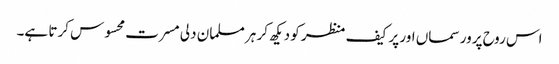
اس روح پرور سماں اور پر کیف منظر کو دیکھ کر ہر مسلمان دلی مسرت محسوس کرتا ہے۔